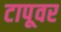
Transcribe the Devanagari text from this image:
टापूवर